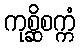
ကုစ္ဆိစက္ကံ